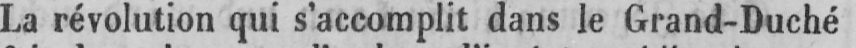
La révolution qui s’accomplit dans le Grand-Duché